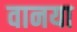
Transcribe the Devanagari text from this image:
वानया